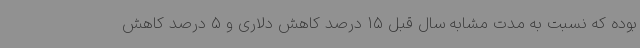
بوده که نسبت به مدت مشابه سال قبل 15 درصد کاهش دلاری و 5 درصد کاهش